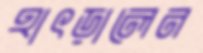
হাৎড়ালেন